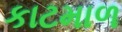
કાટમાળ